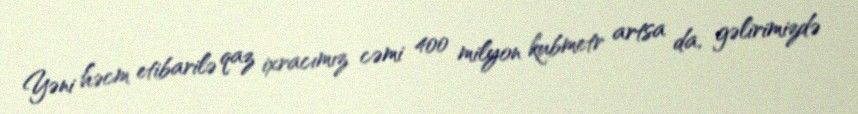
Yəni həcm etibarilə qaz ixracımız cəmi 400 milyon kubmetr artsa da, gəlirimizdə